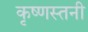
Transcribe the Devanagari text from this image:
कृष्णस्तनी